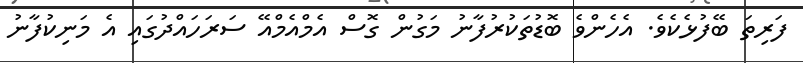
ފަރިތަ ބޭފުޅެކެވެ. އެހެންވެ ބޮޑުތަކުރުފާނު މަގުން ގޮސް އެމްއެމްއޭ ސަރަހައްދުގައި އެ މަނިކުފާނު